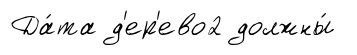
Да́та д'ер'ево2 должны́